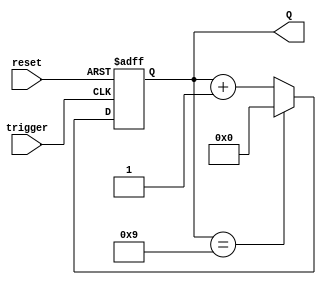
module decade_asynchronous_counter (
    input wire reset,       // Active-high reset signal
    input wire trigger,     // Input signal to trigger counting
    output reg [3:0] Q      // 4-bit output representing the current count
);

    // Asynchronous counter logic
    always @(posedge trigger or posedge reset) begin
        if (reset) begin
            Q <= 4'b0000; // Reset counter to 0
        end else begin
            // Increment the counter
            if (Q == 4'b1001) begin
                Q <= 4'b0000; // Reset to 0 when it reaches 10 (1010)
            end else begin
                Q <= Q + 1; // Increment the counter
            end
        end
    end

endmodule